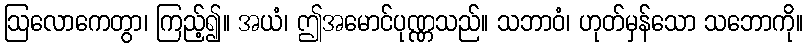
ဩလောကေတွာ၊ ကြည့်၍။ အယံ၊ ဤအမောင်ပုဏ္ဏသည်။ သဘာဝံ၊ ဟုတ်မှန်သော သဘောကို။